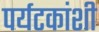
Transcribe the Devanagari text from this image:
पर्यटकांशी